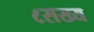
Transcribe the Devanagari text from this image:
८सख्य